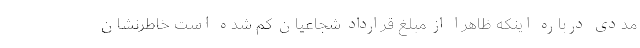
مددی درباره اینکه ظاهرا از مبلغ قرارداد شجاعیان کم شده است خاطرنشان